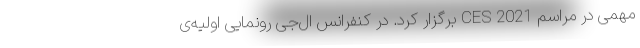
مهمی در مراسم CES 2021 برگزار کرد. در کنفرانس ال‌جی رونمایی اولیه‌ی